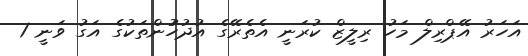
އަހަރު އޭޕްރިލް މަހު ރިލީޒް ކުރަނީ އެތެރޭގެ އުދުހުުންތަކުގެ އަގު ވަނީ 1